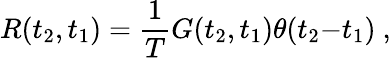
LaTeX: R(t_{2},t_{1})=\frac{1}{T}G(t_{2},t_{1})\theta(t_{2}{-}t_{1})~,